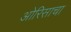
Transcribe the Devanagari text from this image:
ओरिसाचा